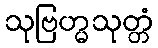
သုဗြဟ္မသုတ္တံ